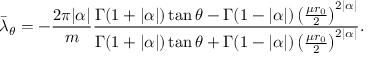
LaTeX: \bar { \lambda } _ { \theta } = - \frac { 2 \pi | \alpha | } { m } \frac { \Gamma ( 1 + | \alpha | ) \tan \theta - \Gamma ( 1 - | \alpha | ) \left( \frac { \mu r _ { 0 } } { 2 } \right) ^ { 2 | \alpha | } } { \Gamma ( 1 + | \alpha | ) \tan \theta + \Gamma ( 1 - | \alpha | ) \left( \frac { \mu r _ { 0 } } { 2 } \right) ^ { 2 | \alpha | } } .